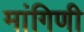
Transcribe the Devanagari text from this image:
मांगिणी